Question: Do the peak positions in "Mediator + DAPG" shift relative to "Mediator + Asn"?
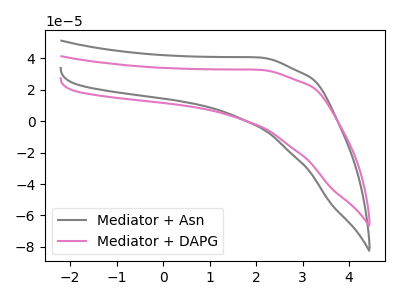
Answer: <think>The gray curve "Mediator + Asn" has no peaks. The pink curve "Mediator + DAPG" has no peaks.
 Neither "Mediator + DAPG" or "Mediator + Asn" have any peaks.</think>
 <answer>No, "Mediator + DAPG" and "Mediator + Asn" don't appear to be significantly different in shape</answer>
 <eval>no_change</eval>